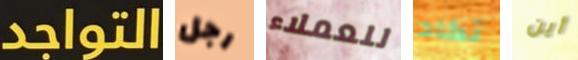
التواجد رجل للعملاء تكاد أين